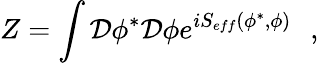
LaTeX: Z=\int{\cal D}\phi^{*}{\cal D}\phi e^{iS_{eff}(\phi^{*},\phi)}\, \, \, \, ,